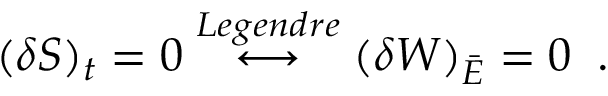
( \delta S ) _ { t } = 0 \stackrel { L e g e n d r e } { \longleftrightarrow } ( \delta W ) _ { \bar { E } } = 0 \; \; .